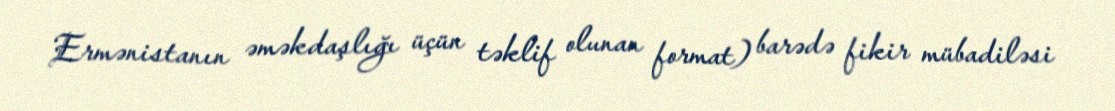
Ermənistanın əməkdaşlığı üçün təklif olunan format) barədə fikir mübadiləsi